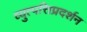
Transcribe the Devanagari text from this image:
व्युत्पत्तिप्रदर्शन